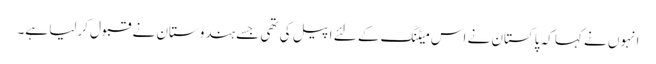
انہوں نے کہا کہ پاکستان نے اس میٹنگ کے لئے اپیل کی تھی جسے ہندوستان نے قبول کرلیا ہے۔